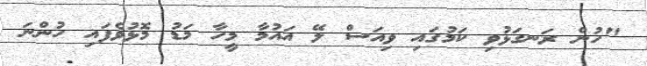
"ހުން ރަނގަޅުވި ކަމުގައި ވިއަސް ލޭ އައުމާ މީހާ މަޑު މޮޅުވެފައި ހުންނަ